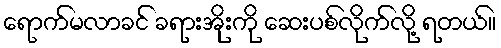
ရောက်မလာခင် ခရားအိုးကို ဆေးပစ်လိုက်လို့ ရတယ်။